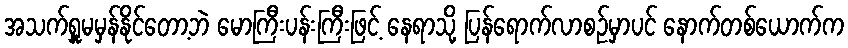
အသက်ရှူမမှန်နိုင်တော့ဘဲ မောကြီးပန်းကြီးဖြင့် နေရာသို့ ပြန်ရောက်လာစဉ်မှာပင် နောက်တစ်ယောက်က